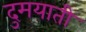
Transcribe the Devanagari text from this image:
दुमयाती